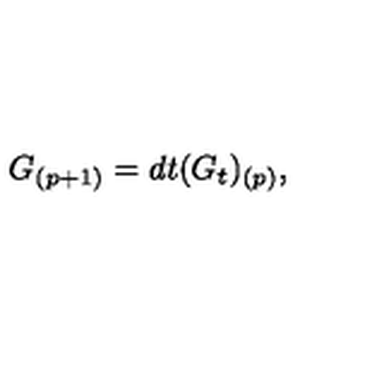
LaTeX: G _ { ( p + 1 ) } = d t ( G _ { t } ) _ { ( p ) } ,